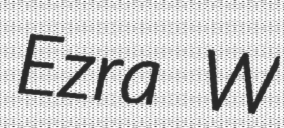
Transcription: Ezra W